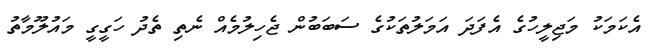
އެކަމަކު މަޖިލީހުގެ އެފަދަ އަމަލުތަކުގެ ސަބަބުން ޖެހިލުމެއް ނެތި ތެދު ހަގީގީ މައުލޫމާތު